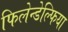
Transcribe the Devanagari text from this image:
फिलेन्डेल्फिया